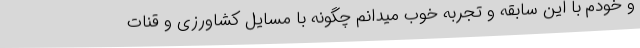
و خودم با این سابقه و تجربه خوب میدانم چگونه با مسایل کشاورزی و قنات